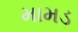
મામડ